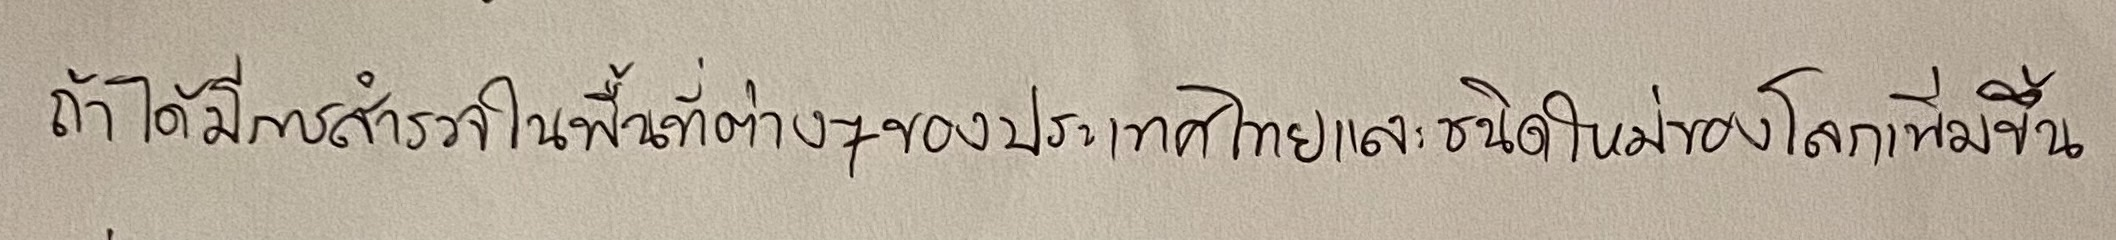
ถ้าได้มีการสำรวจในพื้นที่ต่างๆของประเทศไทยและชนิดใหม่ของโลกเพิ่มขึ้น